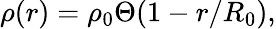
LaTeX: \rho(r)=\rho_{0}\Theta(1-r/R_{0}),